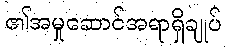
၏အမှုဆောင်အရာရှိချုပ်